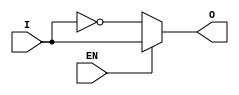
module buffer(input I, EN, output O);
   assign O = (EN) ? I : ~I;
endmodule